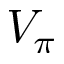
V _ { \pi }